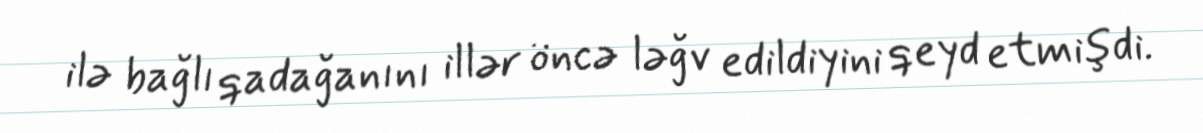
ilə bağlı qadağanını illər öncə ləğv edildiyini qeyd etmişdi.